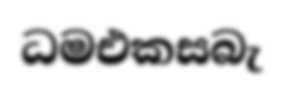
ධමඑකසබැ